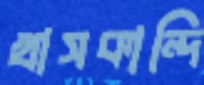
খাসকান্দি